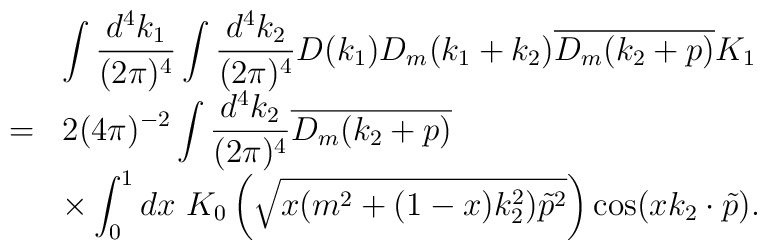
\begin{array}{rl}&\displaystyle \int\frac{d^4k_1}{(2\pi)^4}\int\frac{d^4k_2}{(2\pi)^4}D(k_1)D_m(k_1+k_2)\overline{D_m(k_2+p)}K_1\\=&\displaystyle 2(4\pi)^{-2}\int\frac{d^4k_2}{(2\pi)^4}\overline{D_m(k_2+p)}\\&\displaystyle \times\int_0^1 dx~K_0\left(\sqrt{x(m^2+(1-x)k_2^2)\tilde{p}^2}\right)\cos(xk_2\cdot\tilde{p}).\end{array}